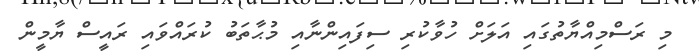
މި ރަސްމިއްޔާތުގައި އަލަށް ހުވާކުރި ސިފައިންނާއި މުޙާތަބު ކުރައްވައި ރައީސް ޔާމީން